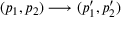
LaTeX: ( p _ { 1 } , p _ { 2 } ) \longrightarrow ( p _ { 1 } ^ { \prime } , p _ { 2 } ^ { \prime } )